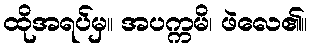
ထိုအရပ်မှ။ အပက္ကမိ၊ ဖဲလေ၏။